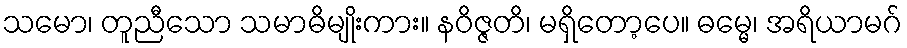
သမော၊ တူညီသော သမာဓိမျိုးကား။ နဝိဇ္ဇတိ၊ မရှိတော့ပေ။ ဓမ္မေ၊ အရိယာမဂ်